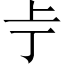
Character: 𫠢